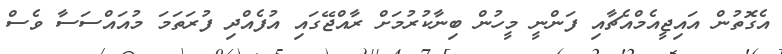
އެގޮތުން އައިޖީއެމްއެޗާއި ފަންނީ މީހުން ބިނާކުރުމަށް ރާއްޖޭގައި އުފެއްދި ފުރަތަމަ މުއައްސަސާ ވެސް